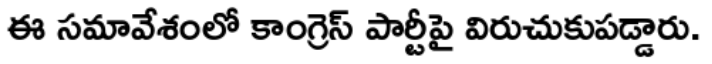
ఈ సమావేశంలో కాంగ్రెస్ పార్టీపై విరుచుకుపడ్డారు.